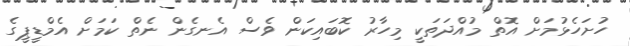
ހުށަހެޅުމަށް އޮތް މުއްދަތަކީ މިހާރު ކޮބައިކަން ވެސް އެނގެން ނެތް ކަމަށް އެމްޑީޕީގެ